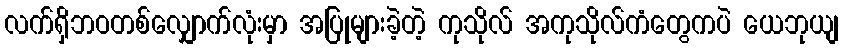
လက်ရှိဘဝတစ်လျှောက်လုံးမှာ အပြုများခဲ့တဲ့ ကုသိုလ် အကုသိုလ်ကံတွေကပဲ ယေဘုယျ